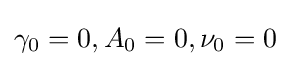
\gamma _{0}=0,A_{0}=0,\nu _{0}=0